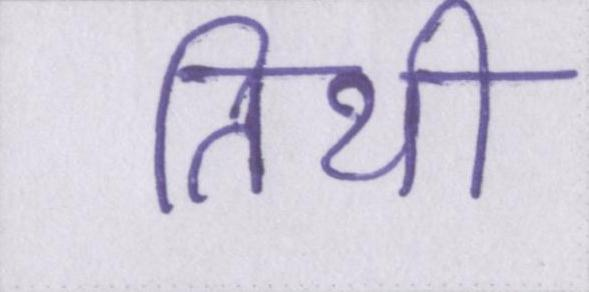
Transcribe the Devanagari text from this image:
तिथी